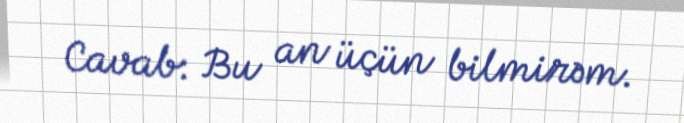
Cavab: Bu an üçün bilmirəm.